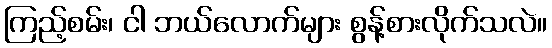
ကြည့်စမ်း၊ ငါ ဘယ်လောက်များ စွန့်စားလိုက်သလဲ။